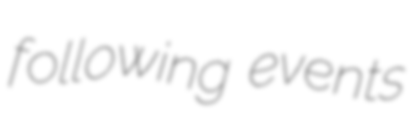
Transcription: following events